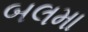
બલમા